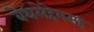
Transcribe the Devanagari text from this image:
बेथलेहेमसह